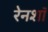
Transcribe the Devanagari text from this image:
रेनशॉ